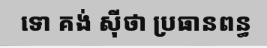
ទោ គង់ ស៊ីថា ប្រធានពន្ធ